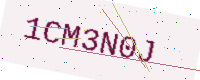
Text: 1CM3N0J